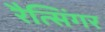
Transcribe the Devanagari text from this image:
रैत्सिंगर